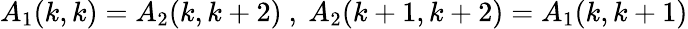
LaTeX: A_{1}(k,k)=A_{2}(k,k+2)\ ,\ A_{2}(k+1,k+2)=A_{1}(k,k+1)